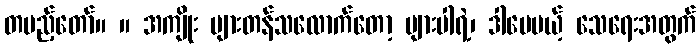
တပည့်တော်။ ။ အကျိုး များတန်သလောက်တော့ များပါရဲ့၊ ဒါပေမယ့် သေရေးအတွက်